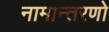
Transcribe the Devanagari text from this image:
नामान्तरणो